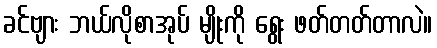
ခင်ဗျား ဘယ်လိုစာအုပ် မျိုးကို ရွေး ဖတ်တတ်တာလဲ။